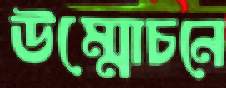
উম্মোচনে